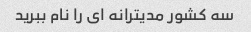
سه کشور مدیترانه ای را نام ببرید